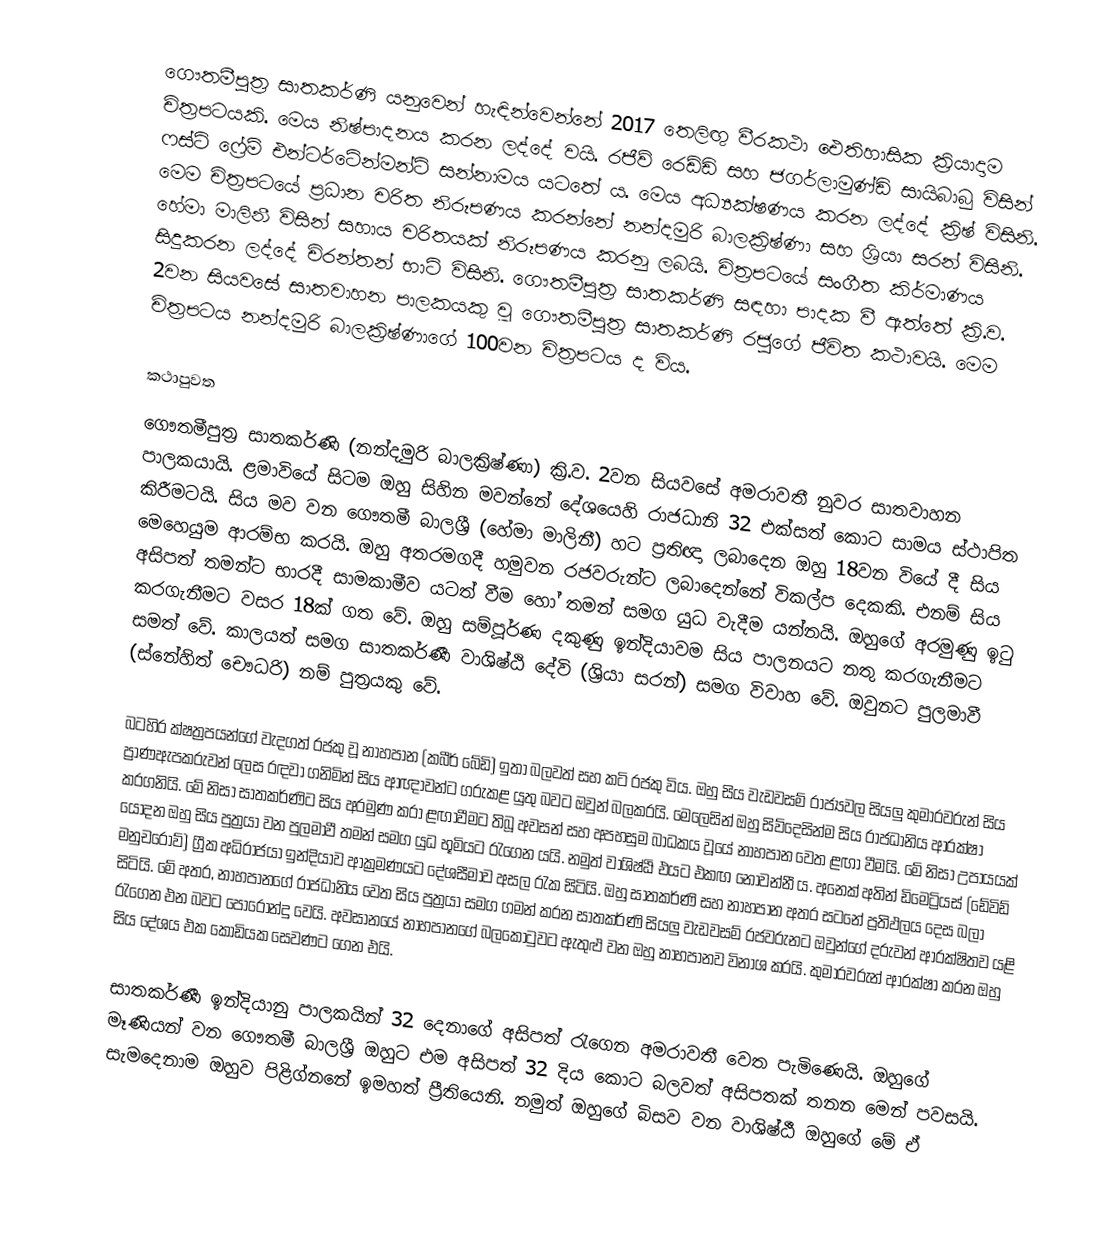
ගෞතමීපුත්‍ර සාතකර්ණි යනුවෙන් හැඳින්වෙන්නේ 2017 තෙලිඟු වීරකථා ඓතිහාසික ක්‍රියාදාම චිත්‍රපටයකි. මෙය නිෂ්පාදනය කරන ලද්දේ වයි. රජීව් රෙඩ්ඩි සහ ජගර්ලාමුණ්ඩි සායිබාබු විසින් ෆස්ට් ෆ්‍රේම් එන්ටර්ටේන්මන්ට් සන්නාමය යටතේ ය. මෙය අධ්‍යක්ෂණය කරන ලද්දේ ක්‍රිෂ් විසිනි. මෙම චිත්‍රපටයේ ප්‍රධාන චරිත නිරූපණය කරන්නේ නන්දමුරි බාලක්‍රිෂ්ණා සහ ශ්‍රියා සරන් විසිනි. හේමා මාලිනී විසින් සහාය චරිතයක් නිරූපණය කරනු ලබයි. චිත්‍රපටයේ සංගීත කිර්මාණය සිදුකරන ලද්දේ චිරන්තන් භාට් විසිනි. ගෞතමීපුත්‍ර සාතකර්ණි සඳහා පාදක වී ඇත්තේ ක්‍රි.ව. 2වන සියවසේ සාතවාහන පාලකයකු වූ ගෞතමීපුත්‍ර සාතකර්ණි රජුගේ ජීවිත කථාවයි. මෙම චිත්‍රපටය නන්දමුරි බාලක්‍රිෂ්ණාගේ 100වන චිත්‍රපටය ද විය.

කථාපුවත
ගෞතමීපුත්‍ර සාතකර්ණි (නන්දමුරි බාලක්‍රිෂ්ණා) ක්‍රි.ව. 2වන සියවසේ අමරාවතී නුවර සාතවාහන පාලකයායි. ළමාවි‍යේ සිටම ඔහු සිහින මවන්නේ දේශයෙහි රාජධානි 32 එක්සත් කොට සාමය ස්ථාපිත කිරීමටයි. සිය මව වන ගෞතමී බාලශ්‍රී (හේමා මාලිනී) හට ප්‍රතිඥා ලබාදෙන ඔහු 18වන වියේ දී සිය මෙහෙයුම ආරම්භ කරයි. ඔහු අතරමගදී හමුවන රජවරුන්ට ලබාදෙන්නේ විකල්ප දෙකකි. එනම් සිය අසිපත් තමන්ට භාරදී සාමකාමීව යටත් වීම හෝ තමන් සමග යුධ වැදීම යන්නයි. ඔහුගේ අරමුණු ඉටු කරගැනීමට වසර 18ක් ගත වේ. ඔහු සම්පූර්ණ දකුණු ඉන්දියාවම සිය පාලනයට නතු කරගැනීමට සමත් වේ. කාලයත් සමග සාතකර්ණී වාශිෂ්ඨි දේවි (ශ්‍රියා සරන්) සමග විවාහ වේ. ඔවුනට පුලමාවී (ස්නේහිත් චෞධරි) නම් පුත්‍රයකු වේ.

බටහිර ක්ෂත්‍රපයන්ගේ වැදගත් රජකු වූ නාහපාන (කබීර් බේඩි) ඉතා බලවත් සහ කටි රජකු විය. ඔහු සිය වැඩවසම් රාජ්‍යවල සියලු කුමාරවරුන් සිය ප්‍රාණඇපකරුවන් ලෙස රඳවා ගනිමින් සිය ආඥාවන්ට ගරුකළ යුතු බවට ඔවුන් බලකරයි. මෙලෙසින් ඔහු සිව්දෙසින්ම සිය රාජධානිය ආරක්ෂා කරගනියි. මේ නිසා සාතකර්ණිට සිය අරමුණ කරා ළඟාවීමට තිබූ අවසන් සහ අපහසුම බාධකය වූයේ නාහපාන වෙත ළඟා වීමයි. මේ නිසා උපායයක් යොදන ඔහු සිය පුත්‍රයා වන පුලමාවී තමන් සමග යුධ භූමියට රැගෙන යයි. නමුත් වාශිෂ්ඨි එයට එකඟ නොවන්නී ය. අනෙක් අතින් ඩිමෙට්‍රියස් (ඩේවිඩ් මනුචරොව්) ග්‍රීක අධිරාජයා ඉන්දියාව ආක්‍රමණයට දේශසීමාව අසල රැක සිටියි. ඔහු සාතකර්ණි සහ නාහපාන අතර සටනේ ප්‍රතිඵලය දෙස බලා සිටියි. මේ අතර, නාහපානගේ රාජධානිය වෙත සිය පුත්‍රයා සමග ගමන් කරන සාතකර්ණි සියලු වැඩවසම් රජවරුනට ඔවුන්ගේ දරුවන් ආරක්ෂිතව යළි රැගෙන එන බවට පොරොන්දු වෙයි. අවසානයේ නාහපානගේ බලකොටුවට ඇතුළු වන ඔහු නාහපානව විනාශ කරයි. කුමාරවරුන් ආරක්ෂා කරන ඔහු සිය දේශය එක කොඩියක සෙවණට ගෙන එයි.

සාතකර්ණී ඉන්දියානු පාලකයින් 32 දෙනාගේ අසිපත් රැගෙන අමරාවතී වෙත පැමිණෙයි. ඔහුගේ මෑණියන් වන ගෞතමී බාලශ්‍රී ඔහුට එම අසිපත් 32 දිය කොට බලවත් අසිපතක් තනන මෙන් පවසයි. සැමදෙනාම ඔහුව පිළිග්නනේ ඉමහත් ප්‍රීතියෙනි. නමුත් ඔහුගේ බිසව වන වාශිෂ්ඨී ඔහුගේ මේ ඒ